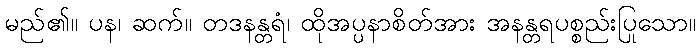
မည်၏။ ပန၊ ဆက်။ တဒနန္တရံ၊ ထိုအပ္ပနာစိတ်အား အနန္တရပစ္စည်းပြုသော။